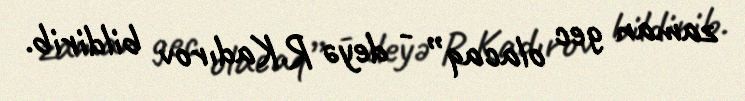
zaman gec olacaq” - deyə R.Kadırov bildirib.